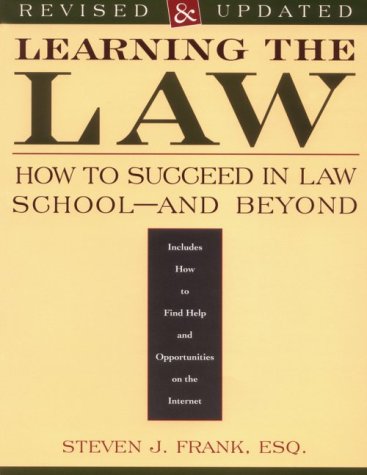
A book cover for Learning The Law: Success in Law School and Beyond; J. Steven Frank; Education & Teaching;